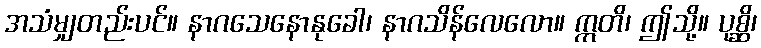
အသံမျှတည်းပင်။ နာဂသေနောနုခေါ၊ နာဂသိန်လေလော။ ဣတိ၊ ဤသို့။ ပုစ္ဆိ၊